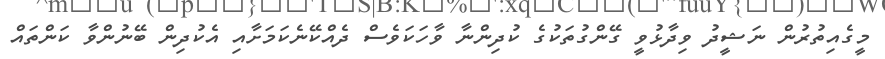
މީގެއިތުރުން ނަޝީދު ވިދާޅުވީ ގޭންގުތަކުގެ ކުދިންނާ ވާހަކަވެސް ދެއްކޭނެކަމަށާއި އެކުދިން ބޭނުންވާ ކަންތައް